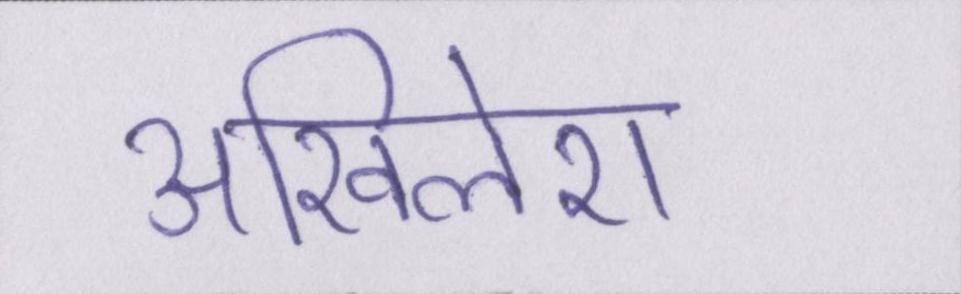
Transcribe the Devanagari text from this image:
अखिलेश